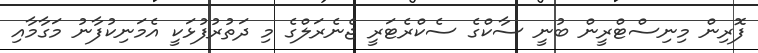
ފޮރިން މިނިސްޓްރީން ބުނީ ސާކްގެ ސެކްރެޓަރީ ޖެނެރަލްގެ މި ދަތުރުފުޅަކީ އެމަނިކުފާނު މަގާމާއި